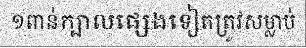
១ពាន់ក្បាលផ្សេងទៀតត្រូវសម្លាប់